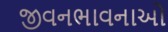
જીવનભાવનાઓ